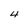
Character: 4